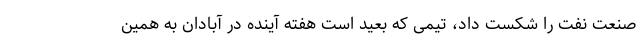
صنعت نفت را شکست داد، تیمی که بعید است هفته آینده در آبادان به همین